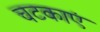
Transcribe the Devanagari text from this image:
चटकाएं